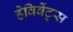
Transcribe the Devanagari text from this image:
हेविवेंट्स